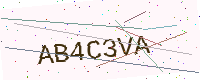
Text: AB4C3VA